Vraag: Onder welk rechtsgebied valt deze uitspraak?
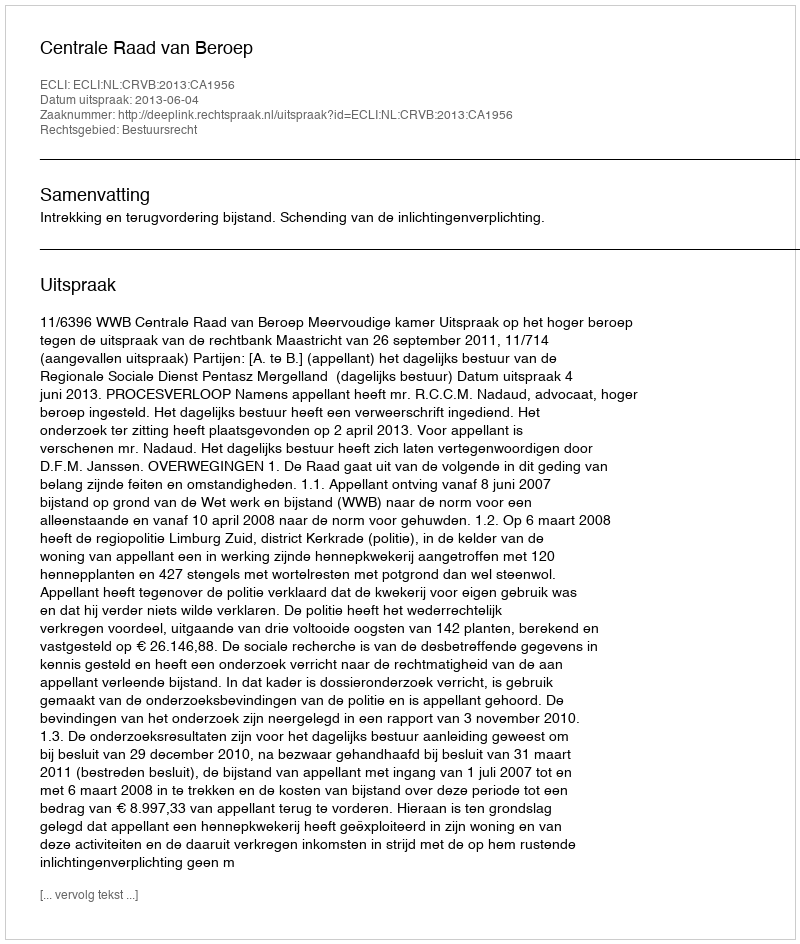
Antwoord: Bestuursrecht